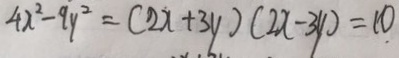
4 x ^ { 2 } - 9 y ^ { 2 } = ( 2 x + 3 y ) ( 2 x - 3 y ) = 1 0